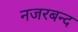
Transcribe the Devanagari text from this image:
नजरबन्‍द